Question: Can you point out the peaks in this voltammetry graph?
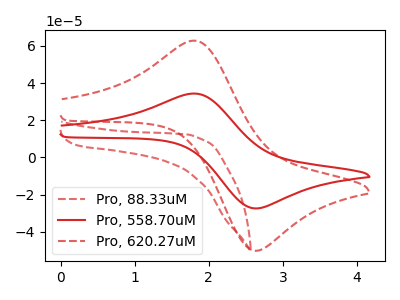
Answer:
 <answer>The red dashed curve "Pro, 88.33uM" has no peaks. The red curve "Pro, 558.70uM" has an anodic peak at (1.80V, 34.35uA) and a cathodic peak at (2.70V, -27.35uA). The red dashed curve "Pro, 620.27uM" has an anodic peak at (1.80V, 62.80uA) and a cathodic peak at (2.70V, -50.00uA).</answer>
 <eval></eval>